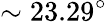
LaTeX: \sim 23.29^{\circ}